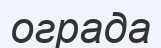
ограда